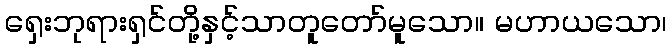
ရှေးဘုရားရှင်တို့နှင့်သာတူတော်မူသော။ မဟာယသော၊